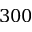
3 0 0